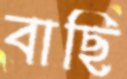
বাছি